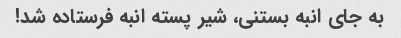
به جای انبه بستنی، شیر پسته انبه فرستاده شد!